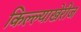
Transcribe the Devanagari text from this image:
किल्ल्याखेरीज